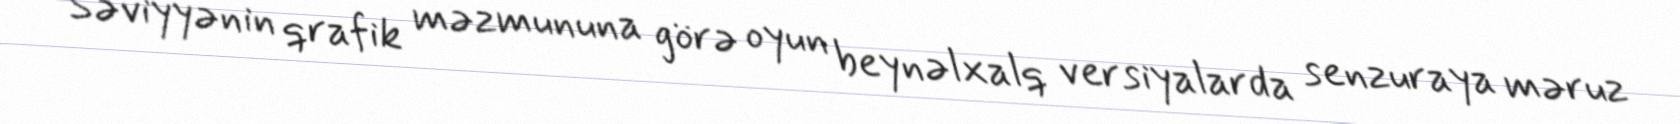
Səviyyənin qrafik məzmununa görə oyun beynəlxalq versiyalarda senzuraya məruz